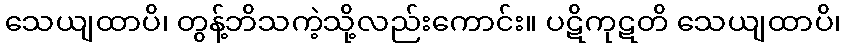
သေယျထာပိ၊ တွန့်ဘိသကဲ့သို့လည်းကောင်း။ ပဋိကုဋတိ သေယျထာပိ၊